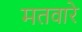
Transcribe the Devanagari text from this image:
मतवारे